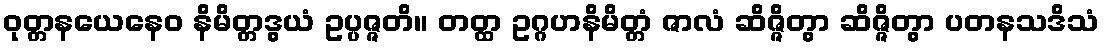
ဝုတ္တနယေနေဝ နိမိတ္တဒွယံ ဥပ္ပဇ္ဇတိ။ တတ္ထ ဥဂ္ဂဟနိမိတ္တံ ဇာလံ ဆိဇ္ဇိတွာ ဆိဇ္ဇိတွာ ပတနသဒိသံ